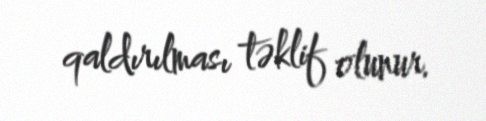
qaldırılması təklif olunur.